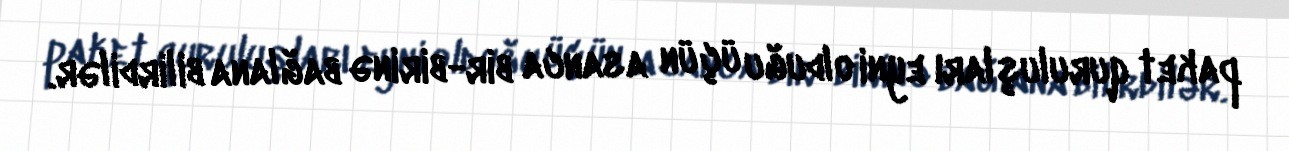
paket quruluşları eyni olduğu üçün asanca bir-birinə bağlana bilirdilər.